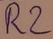
Text: R2